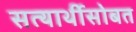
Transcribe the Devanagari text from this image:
सत्यार्थीसोबत